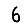
Digit: 6